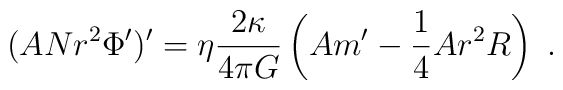
(AN r^2 \Phi')' = \eta \frac{2 \kappa}{4 \pi G}  \left( A m' - \frac{1}{4} A r^2 R \right)\ .